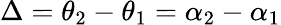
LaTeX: \Delta=\theta_{2}-\theta_{1}=\alpha_{2}-\alpha_{1}